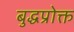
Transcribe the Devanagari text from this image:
बुद्धप्रोक्त